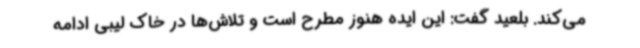
می‌کند. بلعید گفت: این ایده هنوز مطرح است و تلاش‌ها در خاک لیبی ادامه